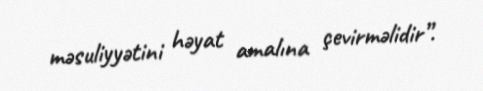
məsuliyyətini həyat amalına çevirməlidir”.